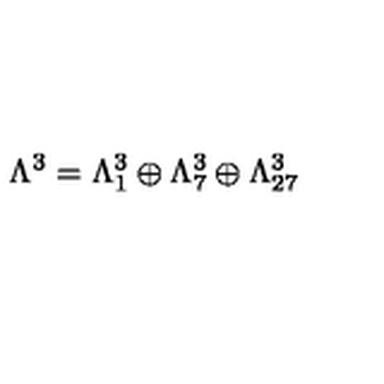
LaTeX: \Lambda ^ { 3 } = \Lambda _ { 1 } ^ { 3 } \oplus \Lambda _ { 7 } ^ { 3 } \oplus \Lambda _ { 2 7 } ^ { 3 }